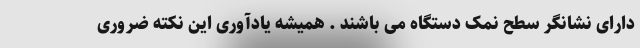
دارای نشانگر سطح نمک دستگاه می باشند . همیشه یادآوری این نکته ضروری